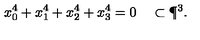
x _ { 0 } ^ { 4 } + x _ { 1 } ^ { 4 } + x _ { 2 } ^ { 4 } + x _ { 3 } ^ { 4 } = 0 \quad \subset \P ^ { 3 } .